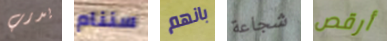
يدرب سننام بانهم شجاعة أرقص